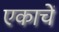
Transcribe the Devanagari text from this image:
एकाचें